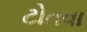
ટોતવા